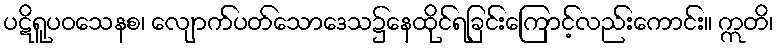
ပဋိရူပဝသေနစ၊ လျောက်ပတ်သောဒေသ၌နေထိုင်ရခြင်းကြောင့်လည်းကောင်း။ ဣတိ၊